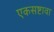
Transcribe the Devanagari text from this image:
एकसष्टावा